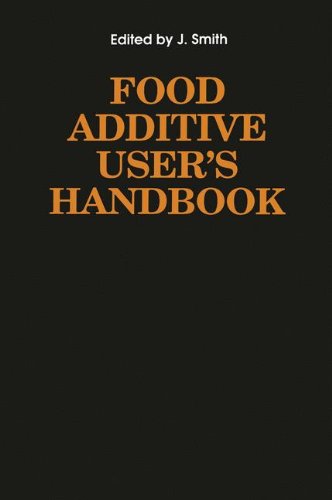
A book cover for Food Additive User's Handbook; Health, Fitness & Dieting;